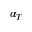
\alpha _ { T }